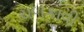
ચળકાવી